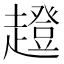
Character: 𧾊